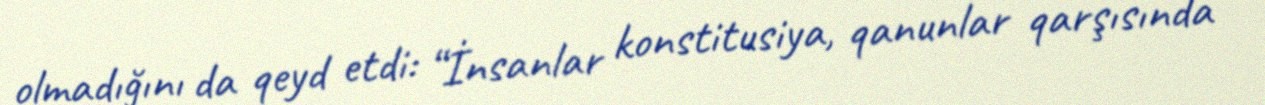
olmadığını da qeyd etdi: “İnsanlar konstitusiya, qanunlar qarşısında